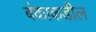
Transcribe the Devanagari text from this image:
बंकाकडील